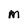
Character: M